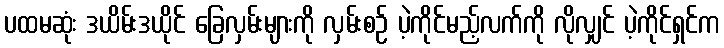
ပထမဆုံး ဒယိမ်းဒယိုင် ခြေလှမ်းများကို လှမ်းစဉ် ပဲ့ကိုင်မည့်လက်ကို လိုလျှင် ပဲ့ကိုင်ရှင်က